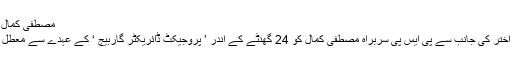
مصطفیٰ کمال کو معطل کرنے کے فیصلے کے خلاف درخواست
علاوہ ازیں سندھ ہائی کورٹ میں میئر کراچی وسیم اختر کی جانب سے پی ایس پی سربراہ مصطفیٰ کمال کو 24 گھنٹے کے اندر ’ پروجیکٹ ڈائریکٹر گاربیج ‘ کے عہدے سے معطل کرنے کے فیصلے کے خلاف اپیل دائر کردی گئی۔